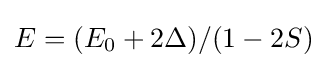
E=(E_{0}+2\Delta )/(1-2S)